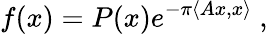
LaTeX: f(x)=P(x)e^{-\pi\langle Ax,x\rangle}~,